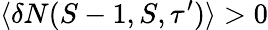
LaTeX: \langle\delta N(S-1,S,\tau^{\prime})\rangle>0